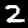
Label: 2